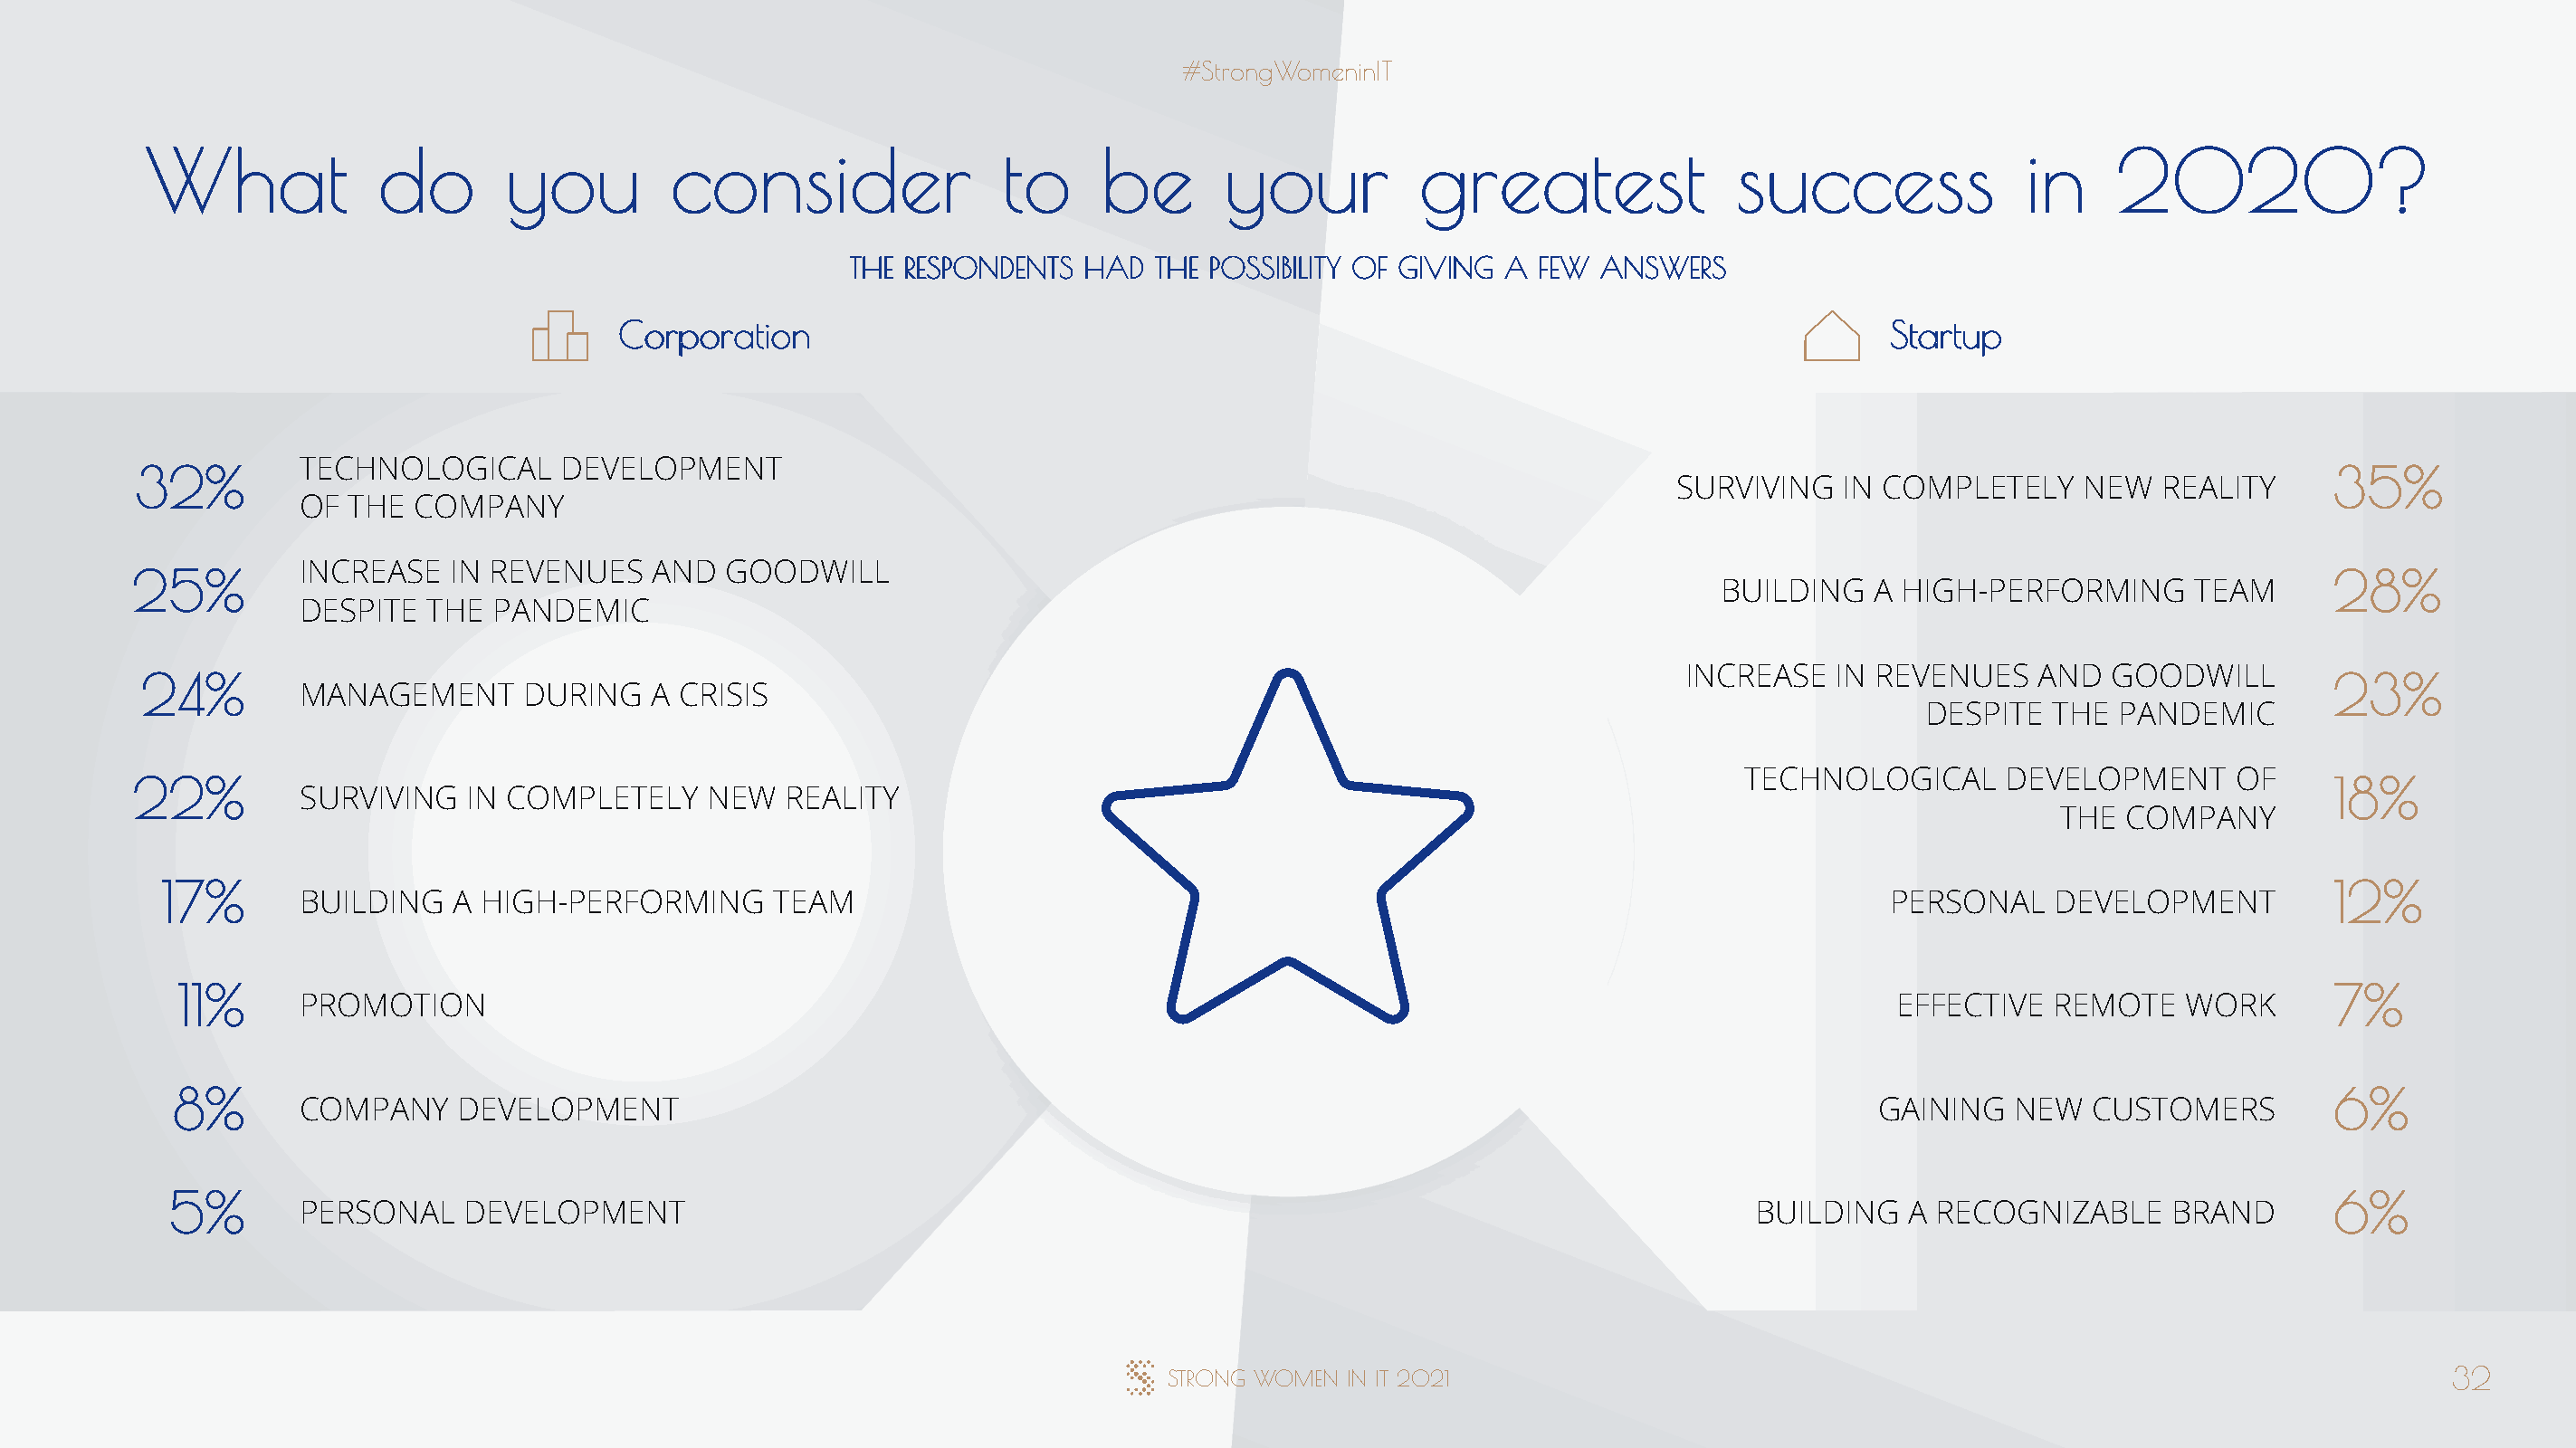
#StrongWomeninIT
 What             do       you         consider                to      be       your          greatest               success              in     2020?
 THE RESPONDENTS  HAD  THE POSSIBILITY OF GIVING A  FEW ANSWERS
 Corporation                                                                                  Startup
 TECHNOLOGICAL      DEVELOPMENT
 32%                                                                                                                                                              35%
 SURVIVING   IN COMPLETELY    NEW   REALITY
 OF  THE COMPANY
 INCREASE   IN REVENUES    AND  GOODWILL
 25%                                                                                                                                                              28%
 BUILDING   A HIGH-PERFORMING       TEAM
 DESPITE  THE  PANDEMIC
 INCREASE   IN REVENUES    AND  GOODWILL
 24%                                                                                                                                                              23%
 MANAGEMENT      DURING    A CRISIS
 DESPITE  THE  PANDEMIC
 TECHNOLOGICAL      DEVELOPMENT     OF
 22%                                                                                                                                                              18%
 SURVIVING   IN COMPLETELY     NEW  REALITY
 THE COMPANY
 17%                                                                                                                                                            12%
 BUILDING   A HIGH-PERFORMING       TEAM                                                                             PERSONAL    DEVELOPMENT
 11%                                                                                                                                                           7%
 PROMOTION                                                                                                            EFFECTIVE  REMOTE    WORK
 8%                                                                                                                                                            6%
 COMPANY     DEVELOPMENT                                                                                            GAINING   NEW   CUSTOMERS
 5%                                                                                                                                                             6%
 PERSONAL    DEVELOPMENT                                                                                   BUILDING    A RECOGNIZABLE     BRAND
 STRONG WOMEN  IN IT 2021                                                                      32